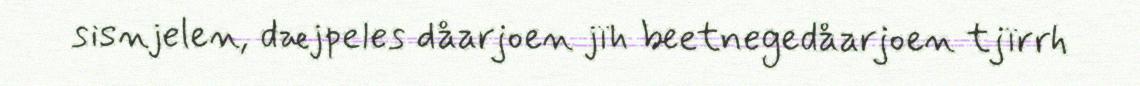
sisnjelen, dæjpeles dåarjoen jïh beetnegedåarjoen tjïrrh